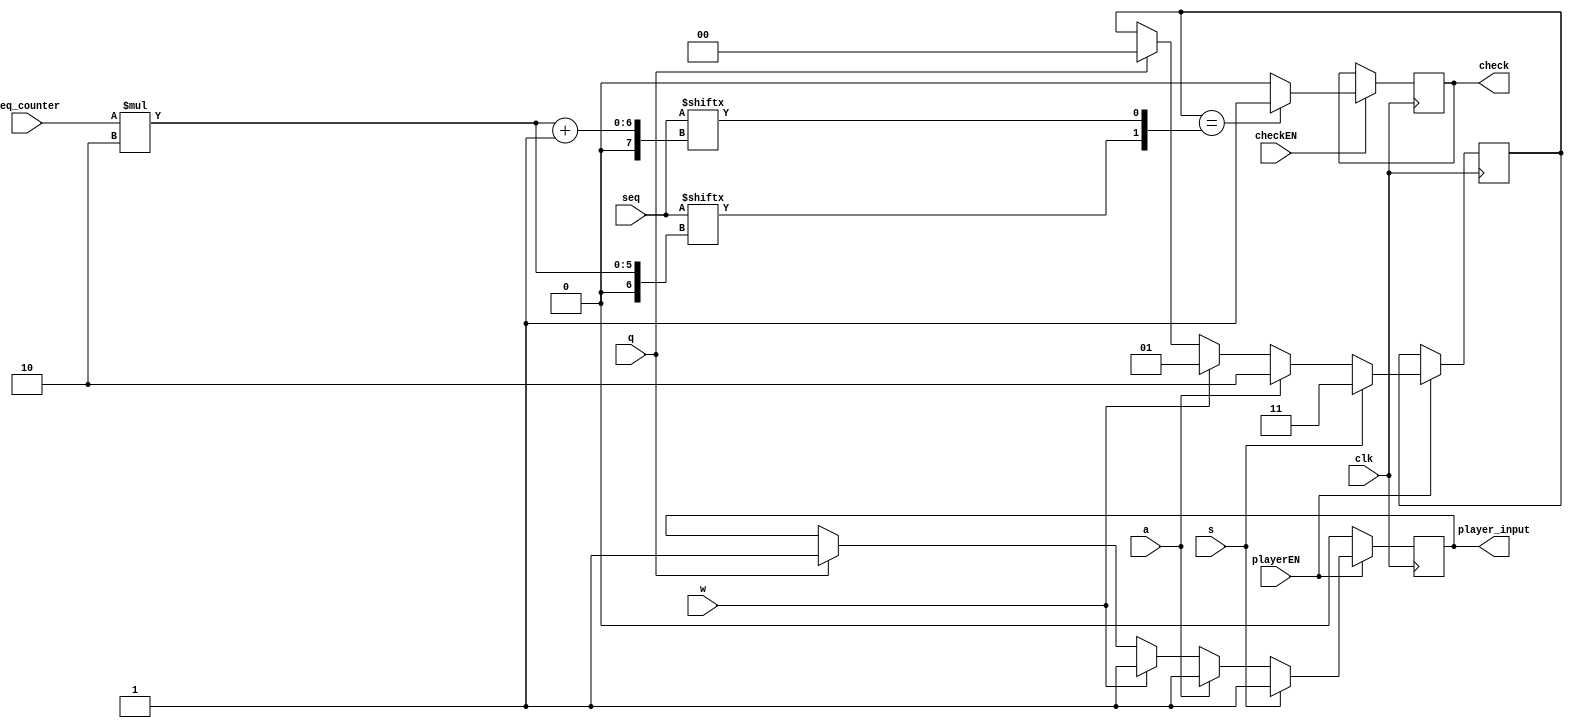
module player(seq, check, seq_counter, playerEN, checkEN, q, w, a, s, clk, player_input);
	// input [3:0] KEY;
	input [17:0] seq;
	input [3:0] seq_counter;
	input playerEN, checkEN;
	input clk;
	input q, w, a, s;

	output reg player_input;
	output reg check;
	reg [1:0] tile_selected;

	// get player input
	always @(posedge clk) begin
		if (playerEN) begin
			if (q) begin
				player_input <= 1;
				tile_selected <= 0;
			end
			if (w) begin
				player_input <= 1;
				tile_selected <= 1;
			end
			if (a) begin
				player_input <= 1;
				tile_selected <= 2;
			end
			if (s) begin
				player_input <= 1;
				tile_selected	<= 3;
			end
		end
		else begin
			player_input <= 0;
		end
	end

		// check player input
	always @(posedge clk) begin
		if (checkEN) begin
			if (tile_selected == {seq[seq_counter * 2], seq[seq_counter * 2 + 1]})
				check = 1'b1;
			else
				check = 1'b0;
			end
		end
endmodule